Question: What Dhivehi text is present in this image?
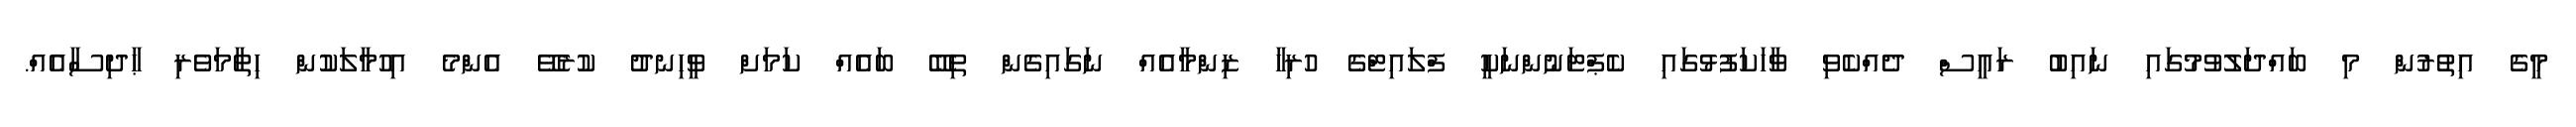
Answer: މީގެ އިތުރުން މި ބައްދަލުވުމުގައި ނައިބު ރައީސް ދެއްކެވި ވާހަކަފުޅުގައި ކެޕްޓަނުންނަކީ ފްލައިޓްގެ ހުރިހާ ޒިންމާއެއް ނަގައިގެން ތިބޭ ބައެއް ކަމަށް ވީހިނދު ކުރެވޭ އެންމެ އިހުމާލަކުން ހިތާމަވެރި ޙާދިސާއެއް.